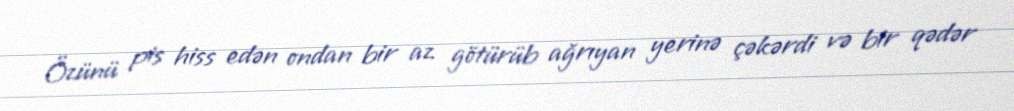
Özünü pis hiss edən ondan bir az götürüb ağrıyan yerinə çəkərdi və bir qədər